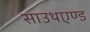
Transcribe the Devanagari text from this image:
साउथएण्ड